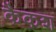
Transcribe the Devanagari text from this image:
कैकश